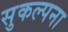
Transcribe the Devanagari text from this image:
सुकल्पना